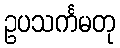
ဥပသင်္ကမတု